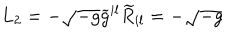
L _ { 2 } = - \sqrt { - g } \widetilde { g } ^ { i l } \widetilde { R } _ { i l } = - \sqrt { - g }